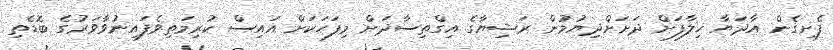
ފެށިގެން އާދަޔާ ޚިލާފަށް ދަށަށްދިޔުމުން ރަޝިޔާގެ އިގްތިސާދަށް މިފަހަކަށް އައިސް ކުރިމަތިވެފައިނުވާވަރުގެ ބޮޑެތި